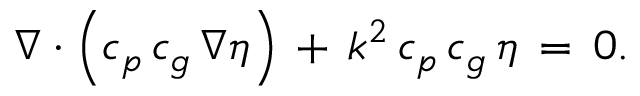
\nabla \cdot \left( c _ { p } \, c _ { g } \, \nabla \eta \right) \, + \, k ^ { 2 } \, c _ { p } \, c _ { g } \, \eta \, = \, 0 .